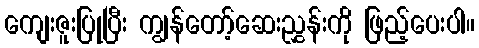
ကျေးဇူးပြုပြီး ကျွန်တော့်ဆေးညွှန်းကို ဖြည့်ပေးပါ။